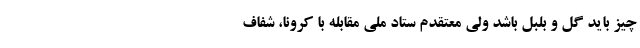
چیز باید گل و بلبل باشد ولی معتقدم ستاد ملی مقابله با کرونا، شفاف